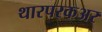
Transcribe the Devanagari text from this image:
थारपरकअर